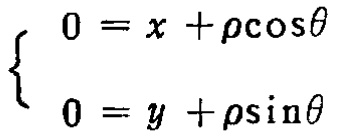
\[
\begin{cases}
0 = x + \rho\cos\theta \\
0 = y + \rho\sin\theta
\end{cases}
\]